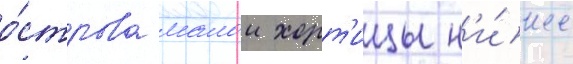
о́строва малои хорт'ицы н'и́же